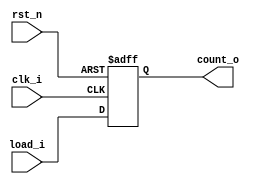
module ProgramCounter
(
    clk_i, // System Clock
    rst_n, // All Reset
    load_i, // Next PC Address
    count_o // PC Address for Now
);
//*****************************************************************************
    // I/O Port Declaration
    input  wire          clk_i;    // System Clock
    input  wire          rst_n;    // All Reset
    input  wire [32-1:0] load_i;  // Next PC Address
    output reg  [32-1:0] count_o; // PC Address for Now
//*****************************************************************************
// Block : PC data out
    always @(posedge clk_i or negedge rst_n) 
    begin
        if(~rst_n)
            count_o <= 0;
        else
            count_o <= load_i;
    end
//*****************************************************************************
endmodule